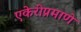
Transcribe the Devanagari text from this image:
एकेरीप्रमाणे